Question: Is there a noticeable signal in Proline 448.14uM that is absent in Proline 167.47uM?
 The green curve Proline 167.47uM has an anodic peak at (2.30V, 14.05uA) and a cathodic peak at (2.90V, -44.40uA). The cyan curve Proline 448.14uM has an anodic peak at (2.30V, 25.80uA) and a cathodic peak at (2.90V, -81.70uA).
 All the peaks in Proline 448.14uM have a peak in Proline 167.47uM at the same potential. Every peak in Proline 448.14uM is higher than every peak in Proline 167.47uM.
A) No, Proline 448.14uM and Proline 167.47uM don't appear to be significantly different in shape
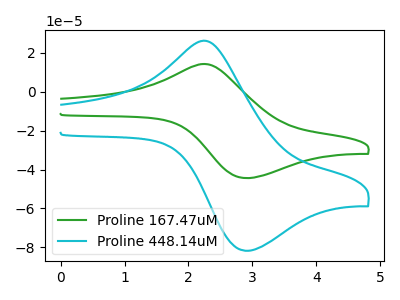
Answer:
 <answer>A) No, "Proline 448.14uM" and "Proline 167.47uM" don't appear to be significantly different in shape</answer>
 <eval>A</eval>